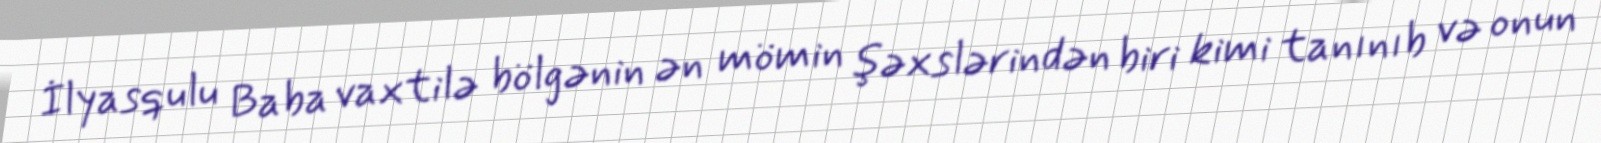
İlyasqulu Baba vaxtilə bölgənin ən mömin şəxslərindən biri kimi tanınıb və onun